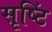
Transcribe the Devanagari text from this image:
सृष्टिं